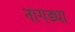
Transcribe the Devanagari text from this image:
नागड्या